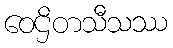
ဝေဌိတသီသဿ